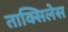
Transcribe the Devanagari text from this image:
ताक्सिलेस